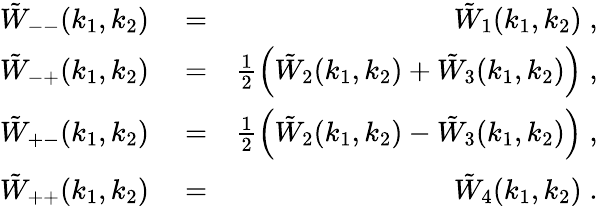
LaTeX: \begin{array}{rlr}{\tilde{W}_{--}(k_{1},k_{2})}&{{}=}&{\tilde{W}_{1}(k_{1},k_{2})\; ,}\\ {\tilde{W}_{-+}(k_{1},k_{2})}&{{}=}&{\frac{1}{2}\left(\tilde{W}_{2}(k_{1},k_{2})+\tilde{W}_{3}(k_{1},k_{2})\right)\; ,}\\ {\tilde{W}_{+-}(k_{1},k_{2})}&{{}=}&{\frac{1}{2}\left(\tilde{W}_{2}(k_{1},k_{2})-\tilde{W}_{3}(k_{1},k_{2})\right)\; ,}\\ {\tilde{W}_{++}(k_{1},k_{2})}&{{}=}&{\tilde{W}_{4}(k_{1},k_{2})\; .}\end{array}